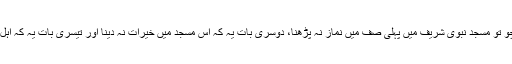
انہوں نے فرمایا کہ جب تم وہاں پہنچو تو مسجدِ نبوی شریف میں پہلی صف میں نماز نہ پڑھنا، دوسری بات یہ کہ اس مسجد میں خیرات نہ دینا اور تیسری بات یہ کہ اہلِ مدینہ سے زیادہ میل جول نہ رکھنا۔